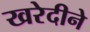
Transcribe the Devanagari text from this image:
खरेदीने